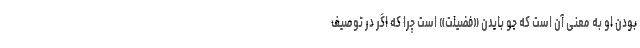
بودن او به معنی آن است که جو بایدن «فضیلت» است چرا که اگر در توصیف